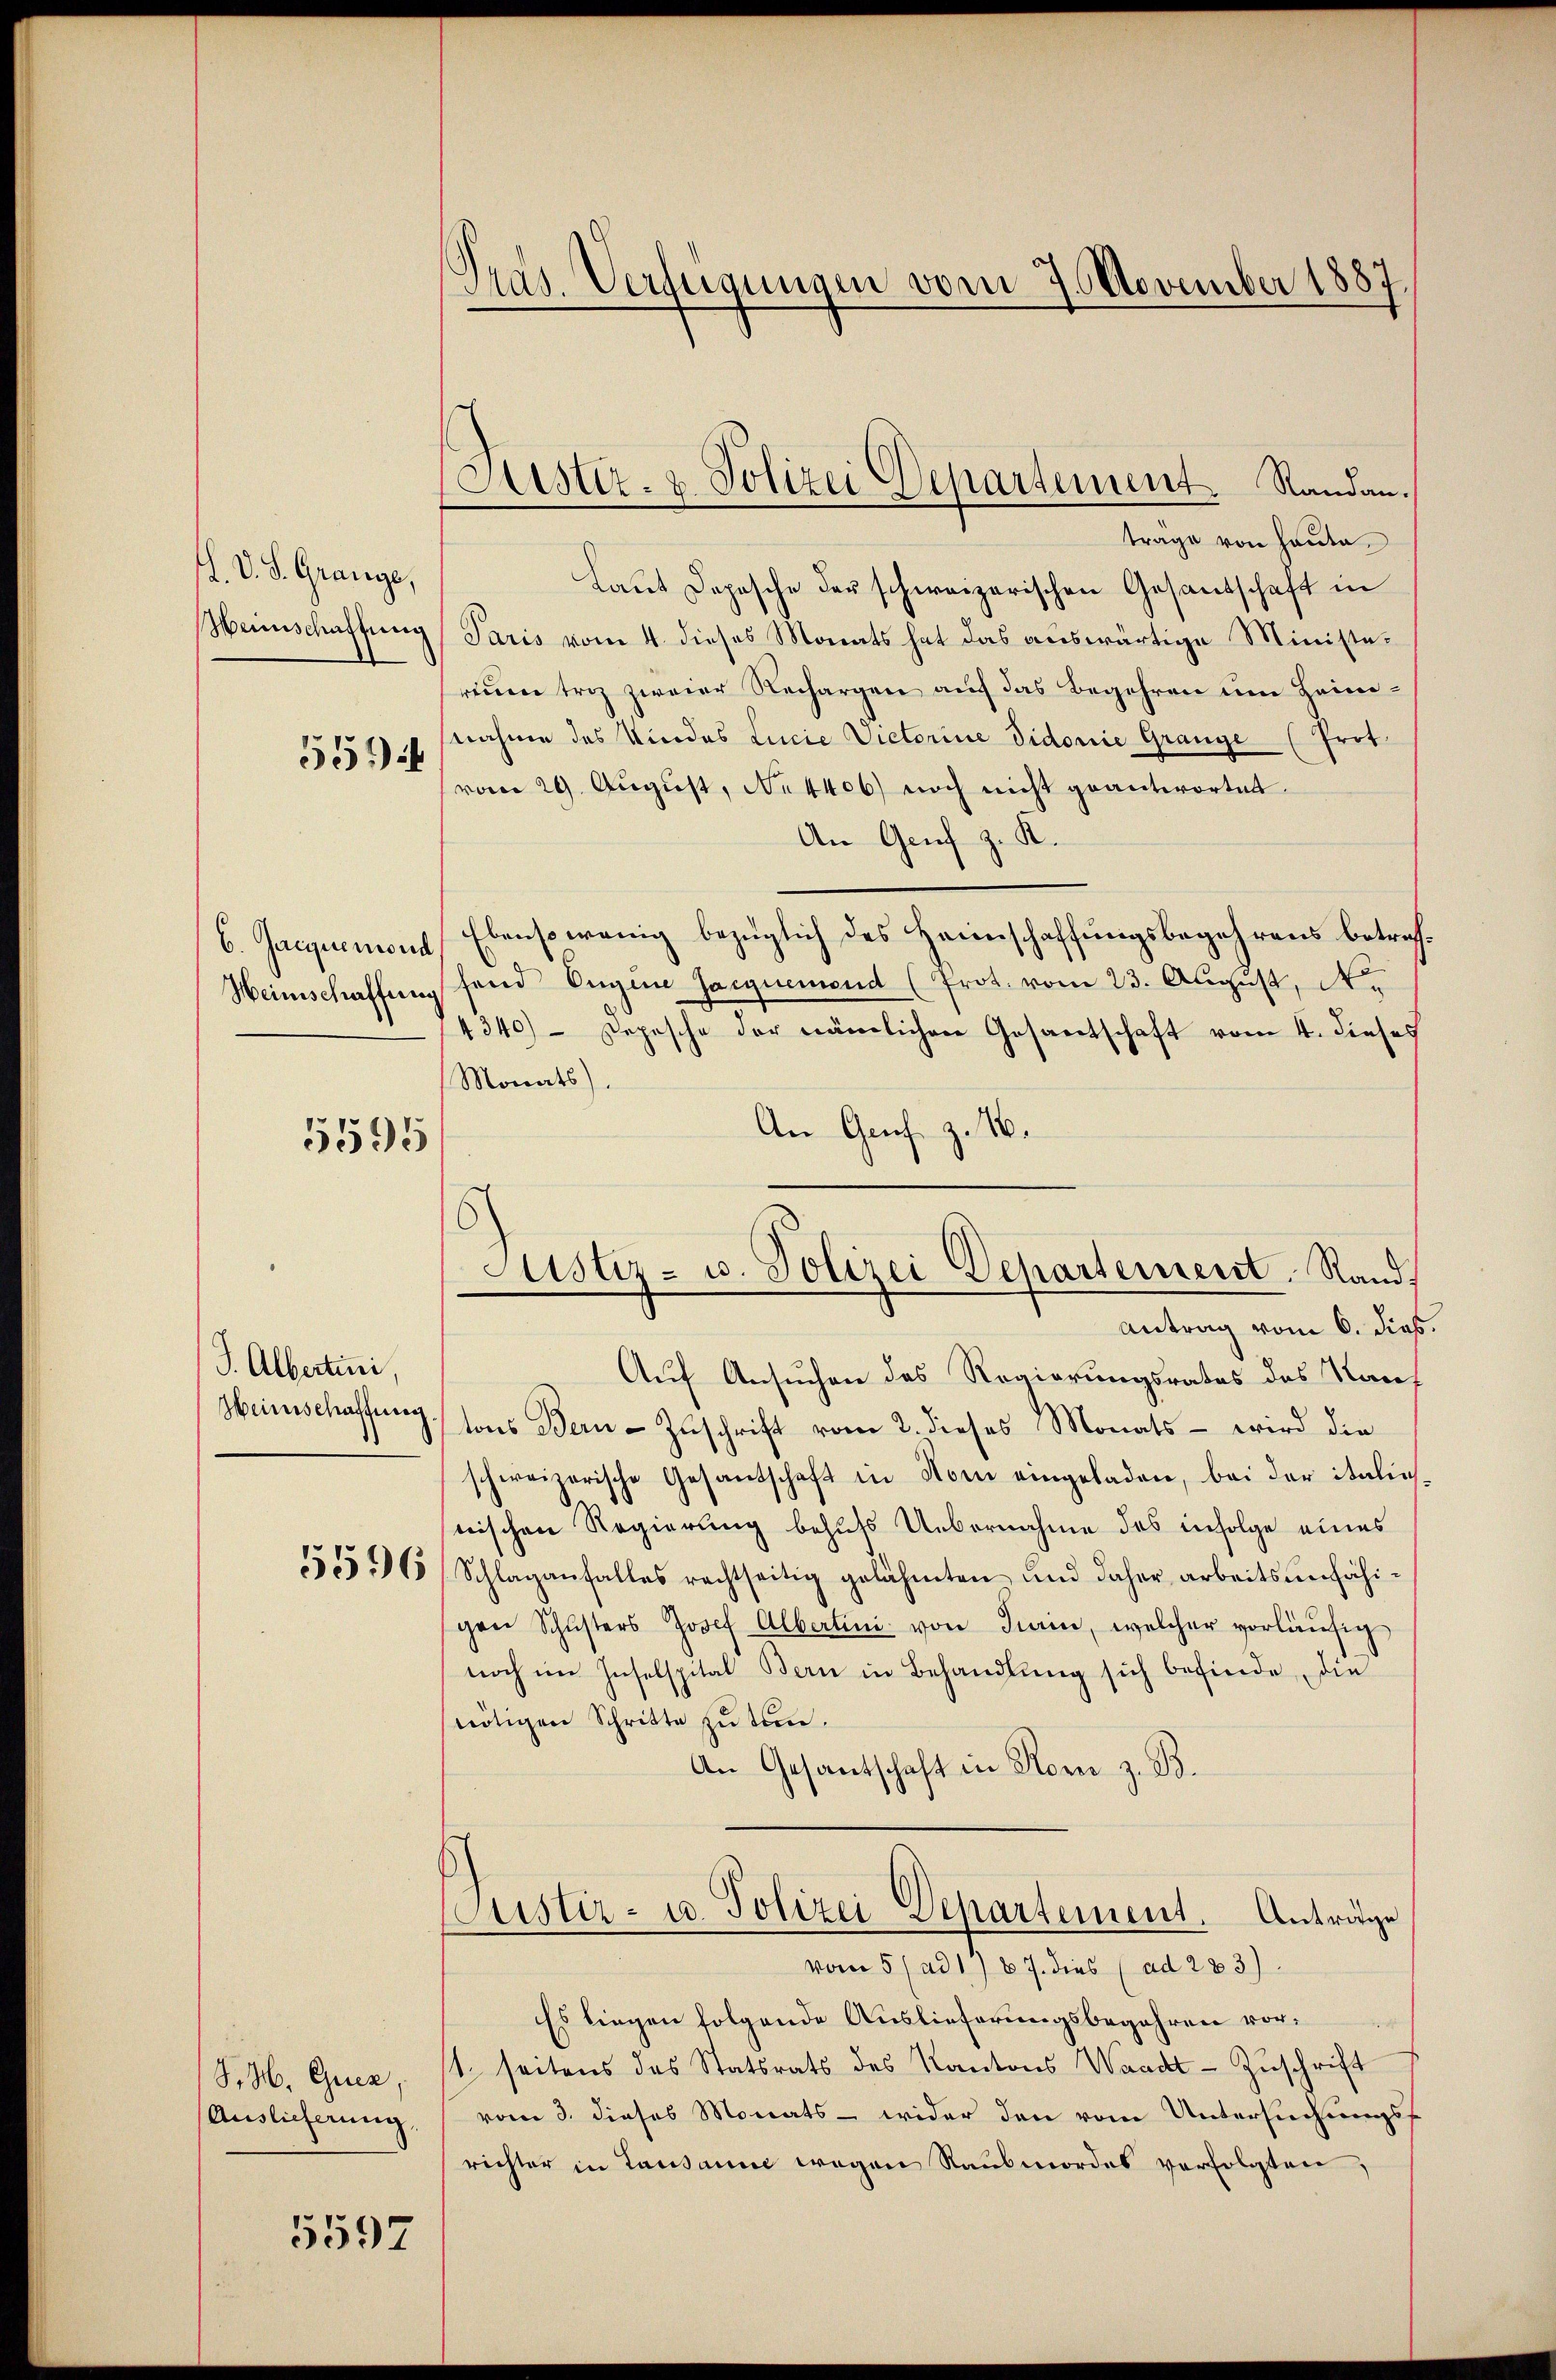
K. V. S. Grange,
Hennschaffung

551)

6. Jacquemons
Heinschaffen

5595

J. Albertini,
Weinschaffung.

5596

S. M. Guca,
Auslieferung.

5597

Pras. Verfügungen vom 7. November 1887

Justiz- & Polizei Departement. Randan.

trage von Hauta.
Laut Depesche der schweizerischen Gesandschaft in
Paris vom 4. dieses Monats hat das auswärtige Ministereuen triz zweier Rechargen auf das Begehren um Heimnahme des Kindes Lucie Victorine Vidonie Grange (Prot.
vom 29. August, No 4406) noch nicht geantwortet.
An Genf z. K.
Ebensowenig bezüglich des Heinschaffungsbegehrens betref¬
.
fend Eugene saignemend (Prot. vom 23. August, Ne
4340) - Depesche der nämlichen Gesantschaft vom 4. dieses
Monats).
An Genf z. 16.
Antrag vom 6. dies
Auf Ansuchen des Regierungsrates des Kauf
tons Bern Zuschrift vom 2. dieses Monats – wird die
schweizerische Gesandschaft in Nom eingeladen, bei der italie
nischen Regierung behufs Uebernahme des infolge eines
Schlaganfalles rechtseitig gelähmten und daher arbeitsunfähigen Schŭsters Josef Albertini von Turin, welcher vorläufig
noch im Inselspital Bern in Behandlŭng sich befinde, die
tötigen Schritte zu tun.
An Gesantschaft in Rom z. B.
Custiz- u. Polizei Departement. Anträge
vom 5 (ad 1, 87. dies (ad 283).
Es liegen folgende Auslieferungsbegehren vort. seitens des Statsrats des Kantons Waadt - Zuschrift
vom 3. dieses Monats - wider den vom Untersuchungsrichter in Lausanne wegen Raubmordes verfolgten:

Justiz- u. Polizei Departement. Rand,